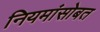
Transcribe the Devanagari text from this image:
नियमांसोबत